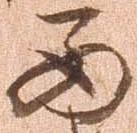
西